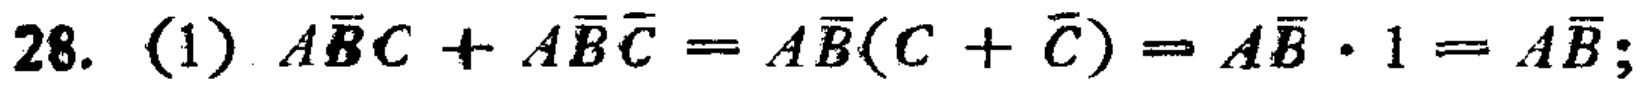
28. (1) \(A\overline{B}C + A\overline{B}\overline{C}=A\overline{B}(C + \overline{C})=A\overline{B}\cdot1 = A\overline{B}\);